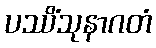
ပဿိံသုနာဂတံ